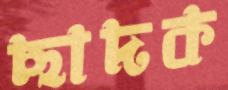
ছাদক